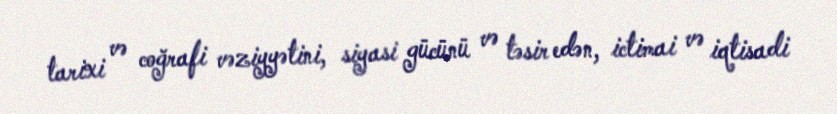
tarixi və coğrafi vəziyyətini, siyasi gücünü və təsir edən, ictimai və iqtisadi